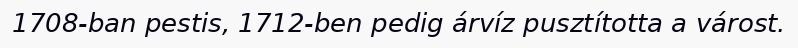
1708-ban pestis, 1712-ben pedig árvíz pusztította a várost.